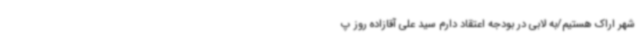
شهر اراک هستیم/به لابی در بودجه اعتقاد دارم سید علی آقازاده روز پ